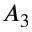
A _ { 3 }